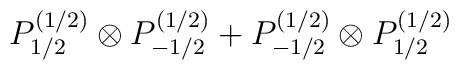
P^{(1/2)}_{1/2}\otimes P^{(1/2)}_{-1/2} + P^{(1/2)}_{-1/2}\otimes P^{(1/2)}_{1/2}